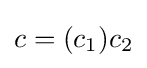
c=(c_{1})c_{2}